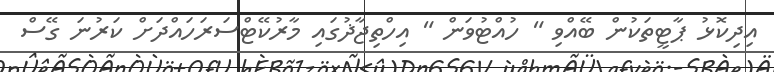
އިދިކޮޅު ޕާޓީތަކުން ބޭއްވި " ހުއްޓުވަން " އިހްތިޖާޛުގައި މާރުކޭޓްސަރަހައްދަށް ކަރުނަ ގޭސް